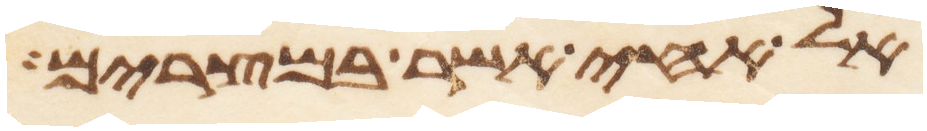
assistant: אל אחי אשר במצרים